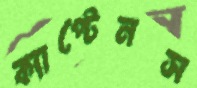
ক্যাপ্টেনস